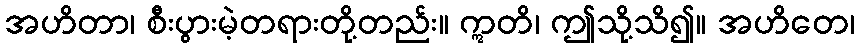
အဟိတာ၊ စီးပွားမဲ့တရားတို့တည်း။ ဣတိ၊ ဤသို့သိ၍။ အဟိတေ၊